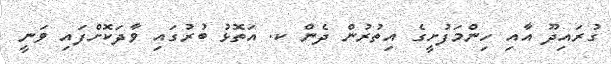
ގުރައިދޫ އާއި ހިންމަފުށީގެ އިތުރުން ދެން ކ. އަތޮޅު ބުރުގައި ވާދަކޮށްފައި ވަނީ